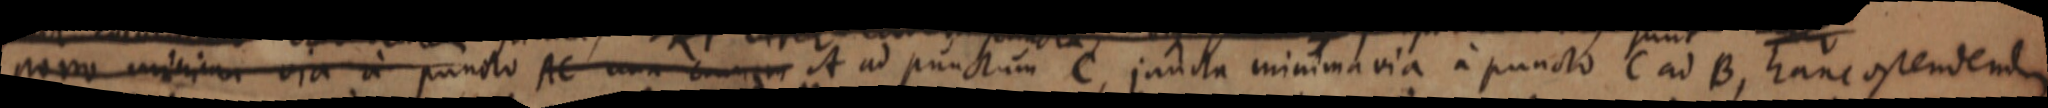
porro minima via a puncto AC cum _ A ad punctum C, juncta minima via a puncto C ad B, hanc ostendem